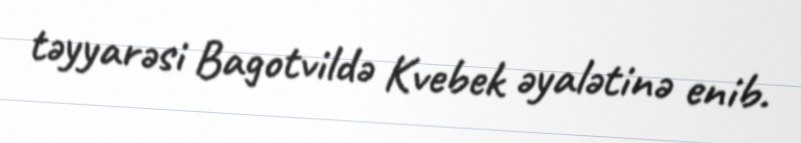
təyyarəsi Bagotvildə Kvebek əyalətinə enib.